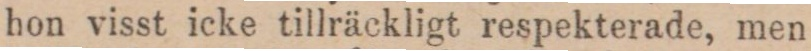
hon visst icke tillräckligt respekterade, men